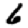
Digit: 6